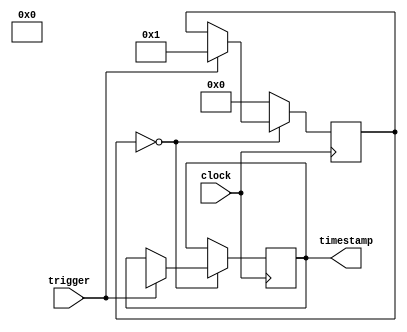
module timestamping_timer(
    input wire clock, // synchronized clock signal
    input wire trigger, // input trigger signal
    output reg [31:0] timestamp // timestamp register
);

reg [3:0] state; // state variable for FSM

always @(posedge clock) begin
    case (state)
        0: begin
            if (trigger == 1) begin
                timestamp <= $time; // capture current system time
                state <= 1; // move to next state
            end
        end
        1: begin
            state <= 0; // reset state
        end
        default: begin
            state <= 0; // default state
        end
    endcase
end

endmodule